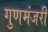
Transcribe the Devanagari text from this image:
गुणमंजरी